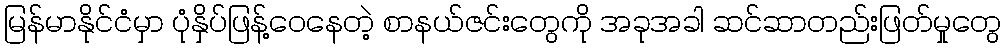
မြန်မာနိုင်ငံမှာ ပုံနှိပ်ဖြန့်ဝေနေတဲ့ စာနယ်ဇင်းတွေကို အခုအခါ ဆင်ဆာတည်းဖြတ်မှုတွေ